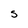
Character: s